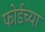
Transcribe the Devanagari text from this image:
फोर्डच्या